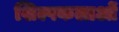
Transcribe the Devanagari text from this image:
शिल्पकलाओं